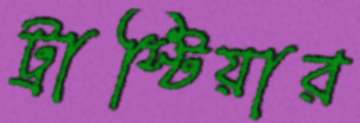
ট্রাস্টিয়ার